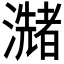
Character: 𤂩